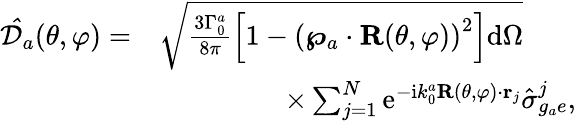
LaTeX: \begin{array}{rl}{\mathcal{\hat{\mathcal{D}}}_{a}(\theta,\varphi)=}&{\sqrt{\frac{3\Gamma_{0}^{a}}{8\pi}\left[1-\left(\boldsymbol{\wp}_{a}\cdot\mathbf{R}(\theta,\varphi)\right)^{2}\right]\mathrm{d}\Omega}}\\ &{\; \; \; \; \; \; \; \; \; \; \; \; \; \; \; \; \times\sum_{j=1}^{N}\mathrm{e}^{-\mathrm{i}k_{0}^{a}\mathbf{R}(\theta,\varphi)\cdot{\mathbf r}_{j}}\hat{\sigma}_{g_{a}e}^{j},}\end{array}